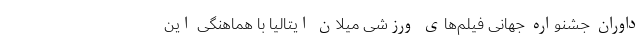
داوران جشنواره جهانی فیلم‌های ورزشی میلان ایتالیا با هماهنگی این